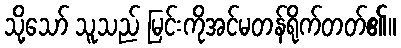
သို့သော် သူသည် မြင်းကိုအင်မတန်ရိုက်တတ်၏။